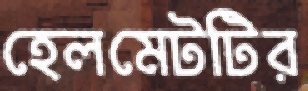
হেলমেটটির